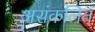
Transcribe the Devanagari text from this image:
असंकलित